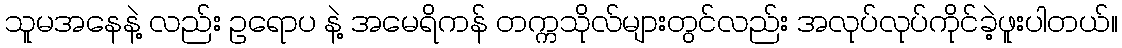
သူမအနေနဲ့ လည်း ဥရောပ နဲ့ အမေရိကန် တက္ကသိုလ်များတွင်လည်း အလုပ်လုပ်ကိုင်ခဲ့ဖူးပါတယ်။